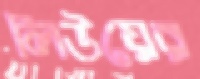
লিউয়ের